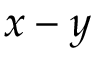
x - y